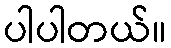
ပါပါတယ်။